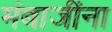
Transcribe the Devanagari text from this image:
मंबाजींना